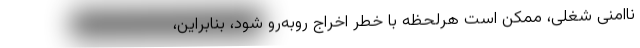
ناامنی شغلی، ممکن است هرلحظه با خطر اخراج روبه‌رو شود، بنابراین،